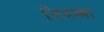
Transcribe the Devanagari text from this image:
विवस्त्रा